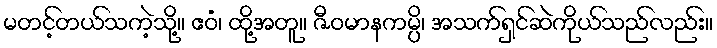
မတင့်တယ်သကဲ့သို့။ ဧဝံ၊ ထို့အတူ။ ဇီဝမာနကမ္ပိ၊ အသက်ရှင်ဆဲကိုယ်သည်လည်း။